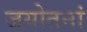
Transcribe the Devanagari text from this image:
जयोतनां